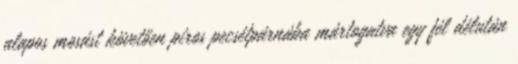
alapos mosást követően piros pecsétpárnába mártogatva egy fél délután